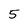
Character: 5